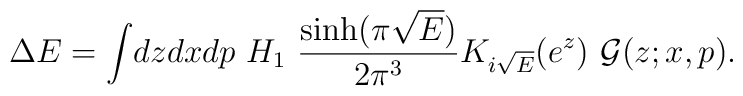
\Delta E=\int \!dzdxdp~H_{1}~\frac{\sinh (\pi \sqrt{E})}{2\pi ^{3}}K_{i\sqrt{E}}(e^{z})~\mathcal{G}(z;x,p).